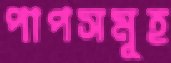
পাপসমূহ